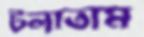
টলাতাম